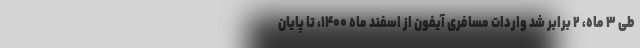
طی ۳ ماه، ۲ برابر شد واردات مسافری آیفون از اسفند ماه ۱۴۰۰، تا پایان